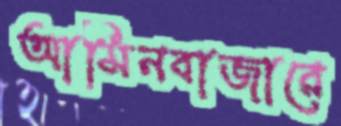
আমিনবাজারে